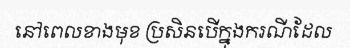
នៅពេលខាងមុខ ប្រសិនបើក្នុងករណីដែល